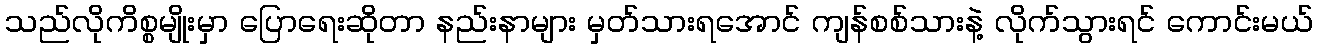
သည်လိုကိစ္စမျိုးမှာ ပြောရေးဆိုတာ နည်းနာများ မှတ်သားရအောင် ကျန်စစ်သားနဲ့ လိုက်သွားရင် ကောင်းမယ်